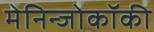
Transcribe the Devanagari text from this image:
मेनिन्जोकॉकी